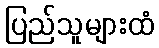
ပြည်သူများထံ